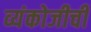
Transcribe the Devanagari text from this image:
व्यंकोजीची